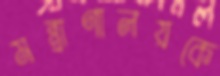
মন্ত্রাণালয়কে